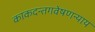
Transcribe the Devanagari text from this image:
काकदन्तगवेषणन्याय